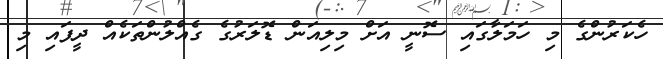
ހެކަރުންގެ މި ހަމަލާގައި ސޮނީ އަށް މިލިއަން ޑޮލަރުގެ ގެއްލުންތަކެއް ދީފައި މި